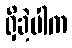
ရှိခဲ့ပါက